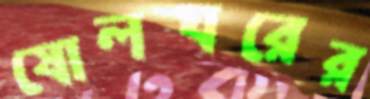
ষোলঘরের